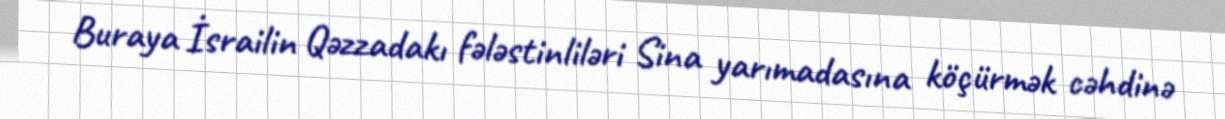
Buraya İsrailin Qəzzadakı fələstinliləri Sina yarımadasına köçürmək cəhdinə